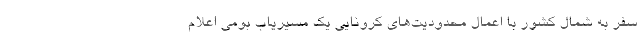
سفر به شمال کشور با اعمال محدودیت‌های کرونایی یک مسیریاب بومی اعلام